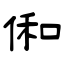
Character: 俰